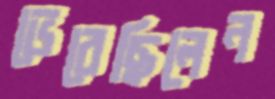
ভেবেছিলেন